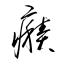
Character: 癪